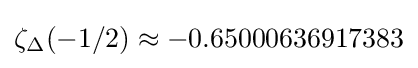
\zeta _{\Delta }(-1/2)\approx -0.65000636917383